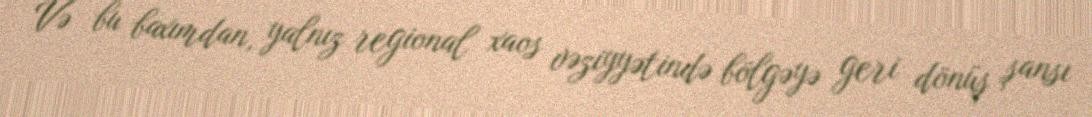
Və bu baxımdan, yalnız regional xaos vəziyyətində bölgəyə geri dönüş şansı